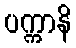
ပက္ကာနိ